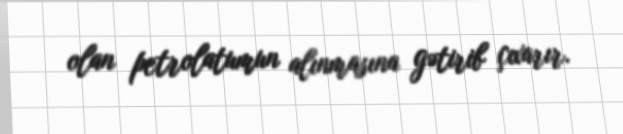
olan petrolatumun alınmasına gətirib çıxarır.